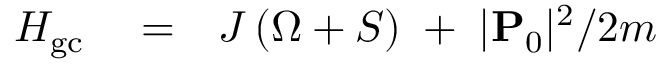
\begin{array} { r l r } { H _ { \mathrm { g c } } } & { { } = } & { J \left( \Omega + { \cal S } \right) \; + \; | { \bf P } _ { 0 } | ^ { 2 } / 2 m } \end{array}